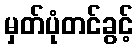
မှတ်ပုံတင်ခွင့်